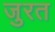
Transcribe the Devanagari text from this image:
जुरत